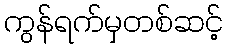
ကွန်ရက်မှတစ်ဆင့်